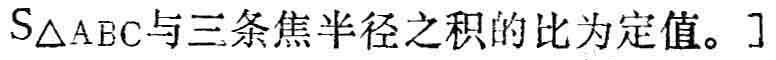
$S_{\triangle ABC}与三条焦半径之积的比为定值。]$